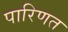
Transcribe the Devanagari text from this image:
पारिणत